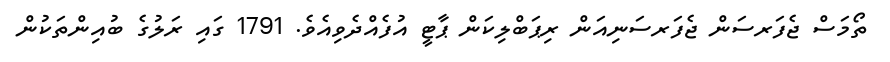
ތޯމަސް ޖެފަރސަން ޖެފަރސަނިއަން ރިޕަބްލިކަން ޕާޓީ އުފެއްދެވިއެވެ. 1791 ގައި ރަލުގެ ބުއިންތަކުން